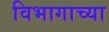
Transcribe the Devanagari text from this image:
विभागाच्‍या